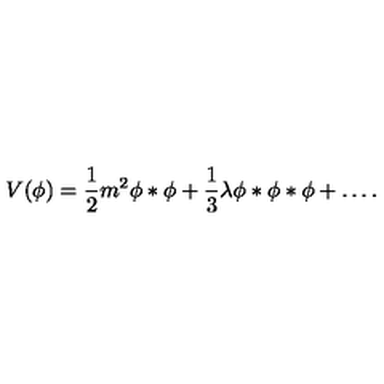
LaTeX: V ( \phi ) = \frac { 1 } { 2 } m ^ { 2 } \phi * \phi + \frac { 1 } { 3 } \lambda \phi * \phi * \phi + \ldots .